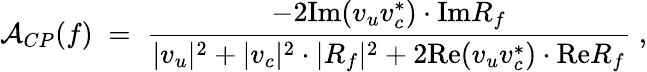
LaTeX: {\cal A}_{CP}(f)\; =\; \frac{-2\mathrm{Im}(v_{u}v_{c}^{*})\cdot\mathrm{Im}R_{f}}{|v_{u}|^{2}+|v_{c}|^{2}\cdot|R_{f}|^{2}+2\mathrm{Re}(v_{u}v_{c}^{*})\cdot\mathrm{Re}R_{f}}\; ,